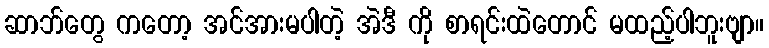
ဆာဘ်တွေ ကတော့ အင်အားမပါတဲ့ အဲဒီ ကို စာရင်းထဲတောင် မထည့်ပါဘူးဗျာ။